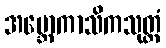
အဗ္ဘောကာသိကသုတ္တံ